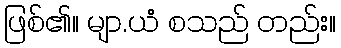
ဖြစ်၏။ မျာ.ယံ စသည် တည်း။